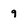
Character: 9